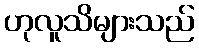
ဟုလူသိများသည်